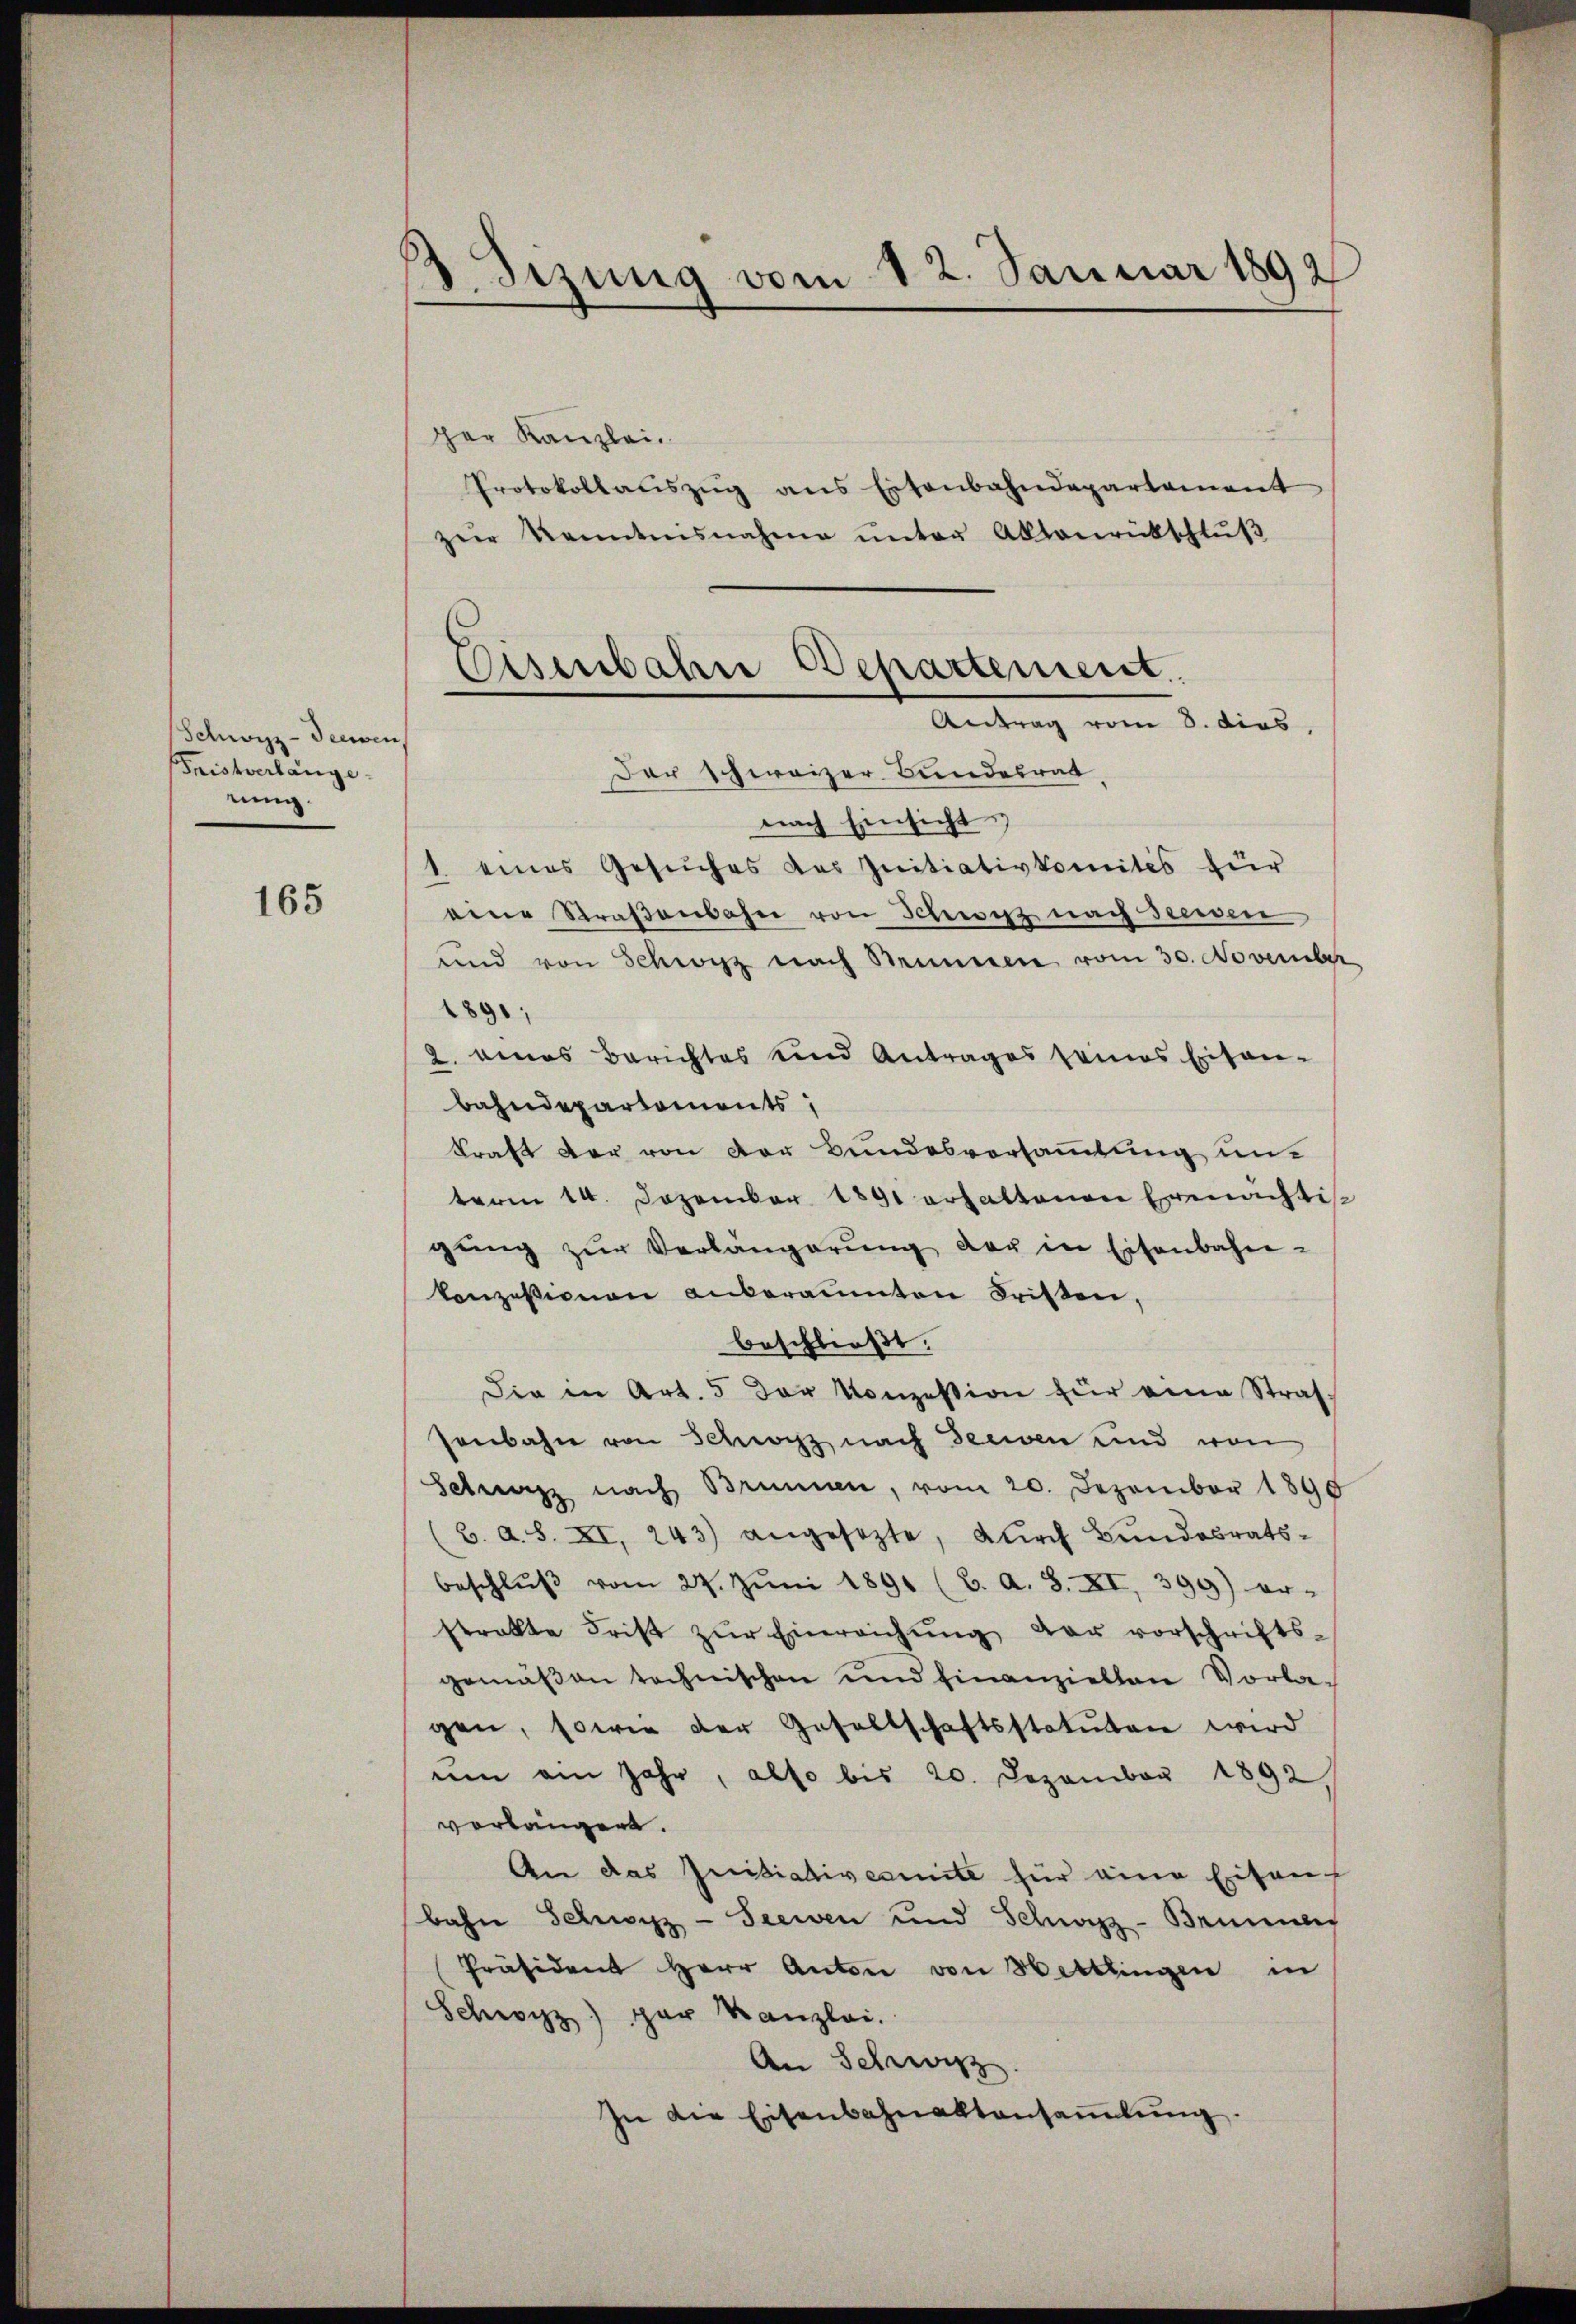
Schwyz-Seewen
Fristverlängetung.

165

3 Sizung vom 12. Januar 1892

ger Kanzlei.
Protokollaŭszŭg ans Eisenbahndepartament
zur Kenntnisnahme ŭnter Abtaŭrückschlŭβ

Eisenbahre Departement
Antrag vom 3. dies,
Der Schweizer Bundesrat

nach Einsicht
1. eines Gesŭches das Initiativkomités für
eine Straβenbahn von Schweiz nach Seeisen
und von Schwyz nach Steineren vom 30. November
1891,
2. eines Berichtes und Antrages seines Eisen-
bahndepartements,
Kraft der von der Bundesvorsammlung un
term 14. Dezember 1891 erhaltenen Ermächtis
gung zur Verlängerung der in Eisenbahn-
konzessionen anberamten dritten,
beschließt:
Die in Art. 5 der Konzession für eine Straf-
Jenbahn von Schwyz nach Beeien und von
Schwarzz nach Brunnen, vom 20. Dezember 1890
(B. a. S. XI. 243) angesezte, dŭrch Bundesrats-
beschlŭβ vom 27. Jŭni 1891 (B. a. 8. XI., 399) er-
strakte Frist zŭr Einreichŭng der vorschrifts-
gemäßen technischen und hinanziellen Vorlagen, sowie der Gesellschaftsstatuten wird
ŭm ein Jahr, also bis 20. Dezember 1892,
vorlängen.
An das Initiativereite für eine Eisauf
bahn Schwyz - Seewen und Schwyzz-Brunner
Präsident Herr Anton von Hettlingen in
Schwyz) par Kanzlei.
An Schwitz.
In die Eisenbahnaktansaṁlŭng